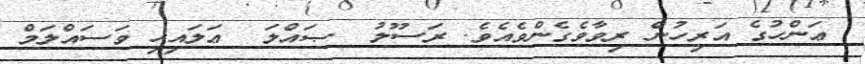
ޢަންހުގެ އަރިހުން ރިވާވެގެންވެއެވެ. ރަސޫލު  ޞައްލަ  ޢަލައިހި ވަސައްލަމް